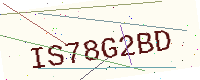
Text: IS78G2BD